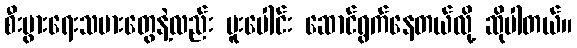
စီးပွားရေးသမားတွေနဲ့လည်း ပူးပေါင်း ဆောင်ရွက်နေတယ်လို့ ဆိုပါတယ်။